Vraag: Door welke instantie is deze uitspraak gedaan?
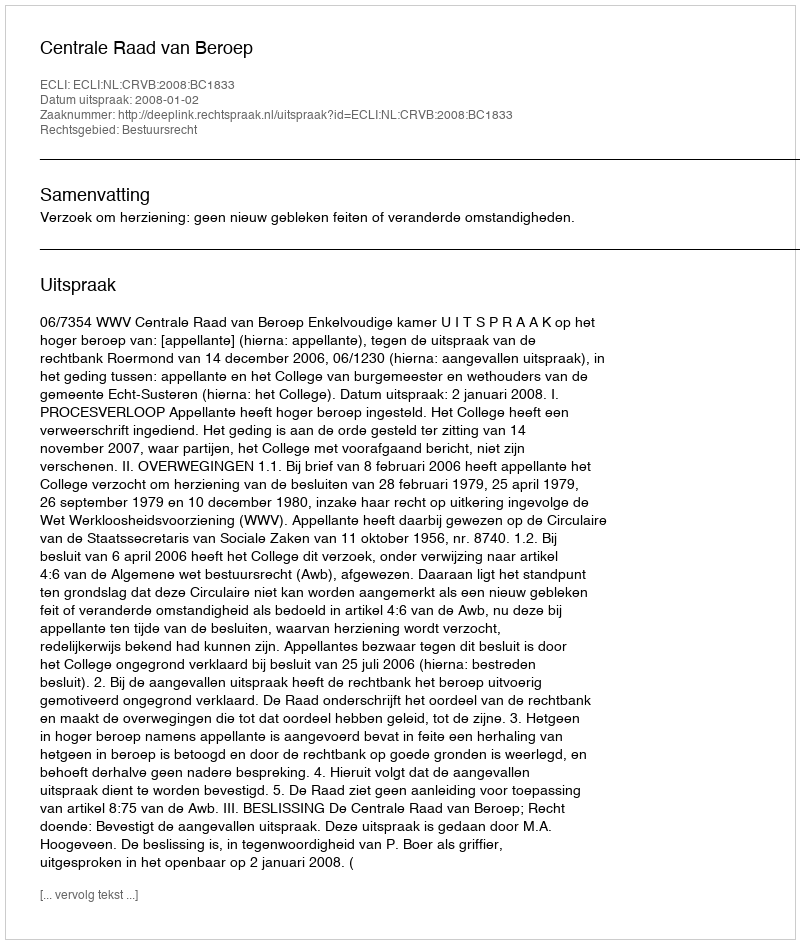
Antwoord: Centrale Raad van Beroep